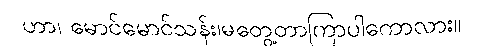
ဟာ၊ မောင်မောင်သန်း၊မတွေ့တာကြာပါကောလား။